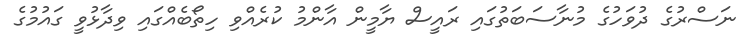
ނަސްރުގެ ދުވަހުގެ މުނާސަބަތުގައި ރައީސް ޔާމީން އާންމު ކުރެއްވި ހިތޯބެއްގައި ވިދާޅުވީ ގައުމުގެ